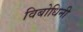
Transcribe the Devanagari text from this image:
विबोधिनी